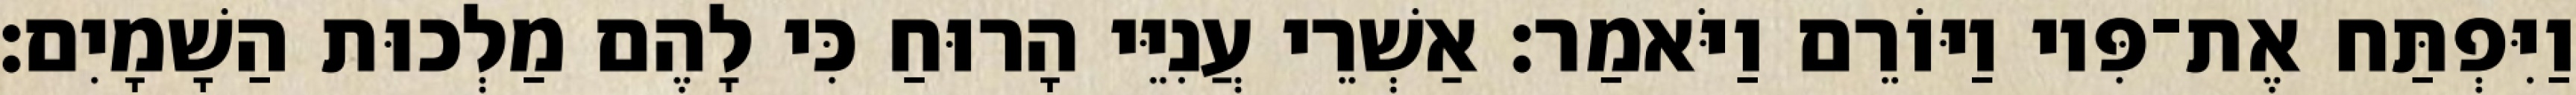
וַיִּפְתַּח אֶת־פִּיו וַיּוֹרֵם וַיֹּאמַר׃ אַשְׁרֵי עֲנִיֵּי הָרוּחַ כִּי לָהֶם מַלְכוּת הַשָׁמָיִם׃